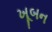
ખૂબન